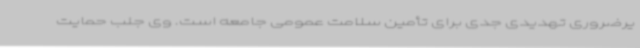
یرضروری تهدیدی جدی برای تأمین سلامت عمومی جامعه است. وی جلب حمایت